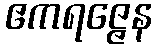
ဧကရဇ္ဇေန